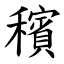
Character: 穦